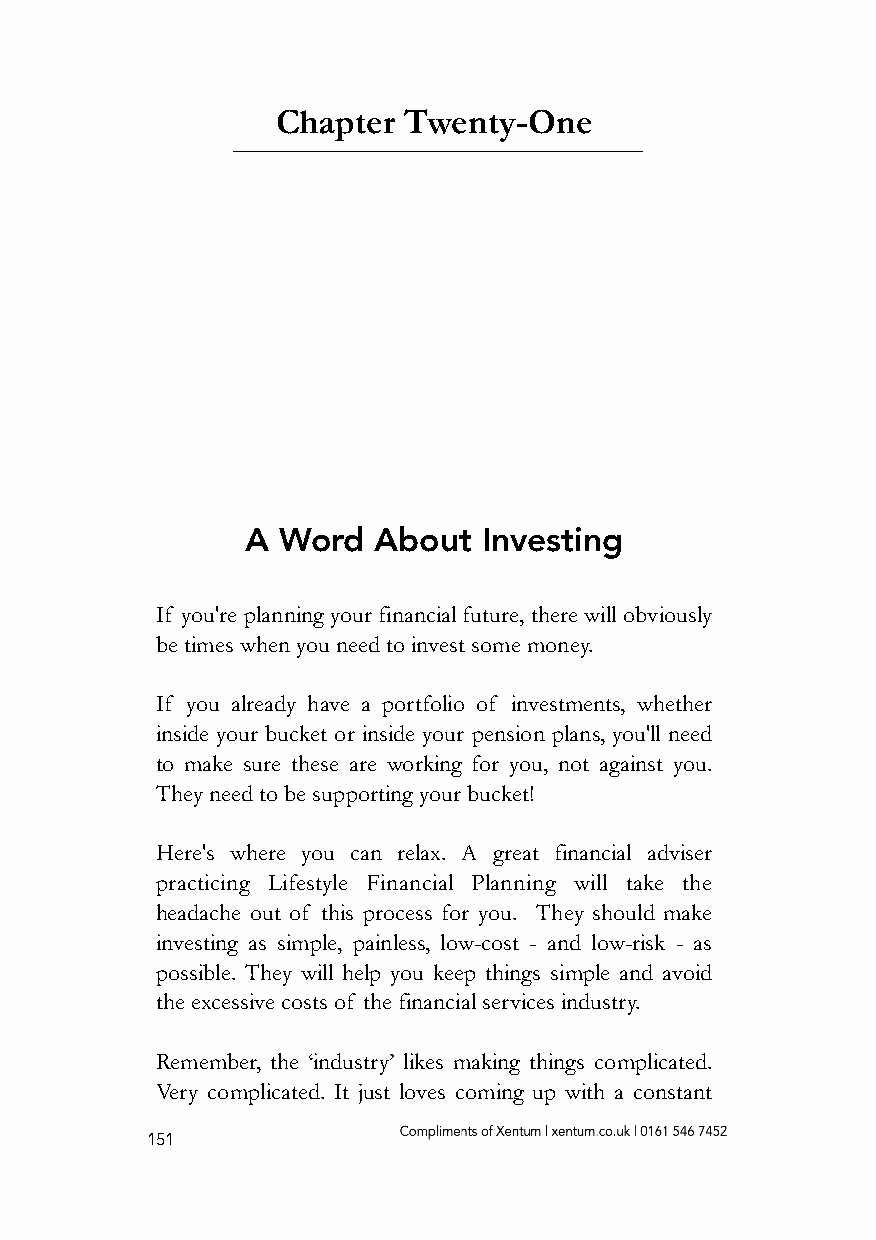
Chapter  Twenty-One
 A Word   About  Investing
 If you're planning your financial future, there will obviously
 be times when you need to invest some money.
 If you already have a portfolio of investments, whether
 inside your bucket or inside your pension plans, you'll need
 to make sure these are working for you, not against you.
 They need to be supporting your bucket!
 Here's where you can relax. A great financial adviser
 practicing Lifestyle Financial Planning will take the
 headache out of this process for you. They should make
 investing as simple, painless, low-cost - and low-risk - as
 possible. They will help you keep things simple and avoid
 the excessive costs of the financial services industry.
 Remember, the ‘industry’ likes making things complicated.
 Very complicated. It just loves coming up with a constant
 151